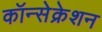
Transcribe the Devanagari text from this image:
कॉन्सेक्रेशन